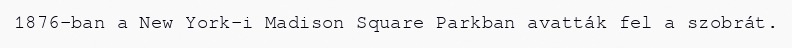
1876-ban a New York-i Madison Square Parkban avatták fel a szobrát.